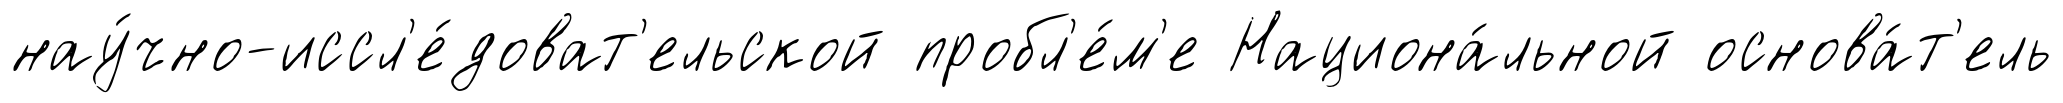
нау́чно-иссл'е́доват'ельской пробл'е́м'е Национа́льной основа́т'ель